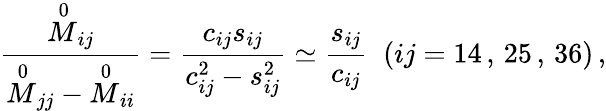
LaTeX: \frac{{\stackrel{0}{M}}_{ij}}{{\stackrel{0}{M}}_{jj}-{\stackrel{0}{M}}_{ii}}=\frac{c_{ij}s_{ij}}{c_{ij}^{2}-s_{ij}^{2}}\simeq\frac{s_{ij}}{c_{ij}}\; \; (ij=14\, ,\, 25\, ,\, 36)\, ,